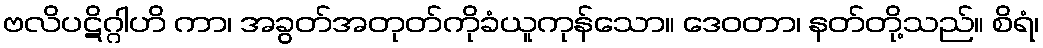
ဗလိပဋိဂ္ဂါဟိ ကာ၊ အခွတ်အတုတ်ကိုခံယူကုန်သော။ ဒေဝတာ၊ နတ်တို့သည်။ စိရံ၊